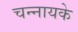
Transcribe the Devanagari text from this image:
चन्नायके